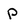
Character: P